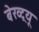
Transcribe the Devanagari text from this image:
बेख्ट्रयू